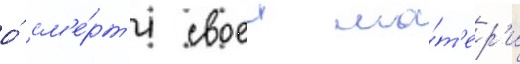
о́ см'е́рт'и своеи ма́т'ер'и